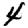
Digit: 4